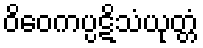
ဝိဝေကပ္ပဋိသံယုတ္တံ